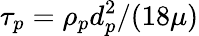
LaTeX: \tau_{p}=\rho_{p}d_{p}^{2}/(18\mu)